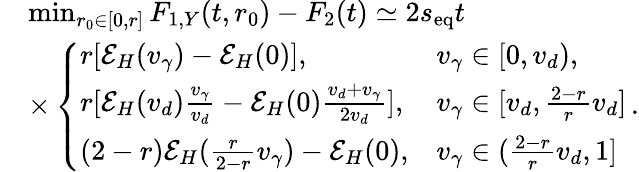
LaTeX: \begin{array}{rl}&{\operatorname*{min}_{r_{0}\in[0,r]}F_{1,Y}(t,r_{0})-F_{2}(t)\simeq 2s_{\mathrm{eq}}t}\\ &{\times\left\{ \begin{array}{ll}{r[\mathcal{E}_{H}(v_{\gamma})-\mathcal{E}_{H}(0)],}&{v_{\gamma}\in[0,v_{d}),}\\ {r[\mathcal{E}_{H}(v_{d})\frac{v_{\gamma}}{v_{d}}-\mathcal{E}_{H}(0)\frac{v_{d}+v_{\gamma}}{2v_{d}}],}&{v_{\gamma}\in[v_{d},\frac{2-r}{r}v_{d}]}\\ {(2-r)\mathcal{E}_{H}(\frac{r}{2-r}v_{\gamma})-\mathcal{E}_{H}(0),}&{v_{\gamma}\in(\frac{2-r}{r}v_{d},1]}\end{array}\right.\, .}\end{array}